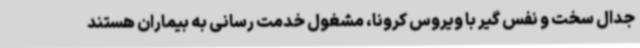
جدال سخت و نفس گیر با ویروس کرونا، مشغول خدمت رسانی به بیماران هستند